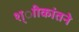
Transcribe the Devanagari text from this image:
श्ाीकांतने